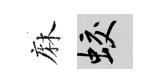
麻蛟